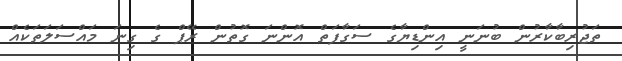
ތަޖުރިބާކާރުން ބުނަނީ އިންޑިޔާގެ ސަގާފަތް އޮންނަ ގޮތުން ރޭޕް ގެ ގިނަ މައްސަލަތަކެއް